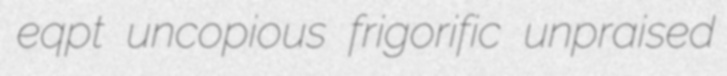
eqpt uncopious frigorific unpraised